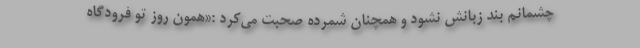
چشمانم بند زبانش نشود و همچنان شمرده صحبت می‌کرد :«همون روز تو فرودگاه